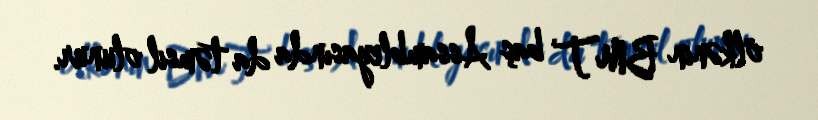
ölkənin BMT baş Assambleyasında da təmsil olunur.